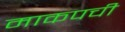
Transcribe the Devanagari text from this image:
माकपची